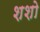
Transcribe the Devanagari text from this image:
शशो